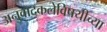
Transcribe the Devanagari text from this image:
अनुवादकलेविषयीच्या